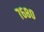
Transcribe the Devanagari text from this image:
७६८०